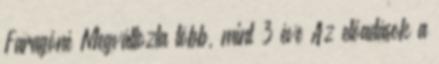
Faragóné Megváltozta több, mint 3 éve Az előadások a